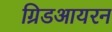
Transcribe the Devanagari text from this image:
ग्रिडआयरन